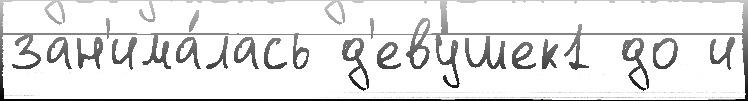
зан'има́лась д'евушек1 до и